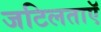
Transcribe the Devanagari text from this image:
जटिलताएॅ